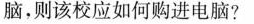
脑，则该校应如何购进电脑?